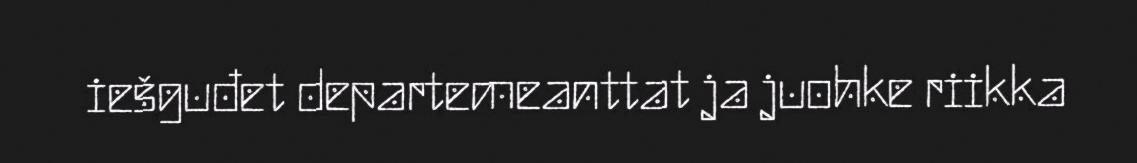
iešguđet departemeanttat ja juohke riikka